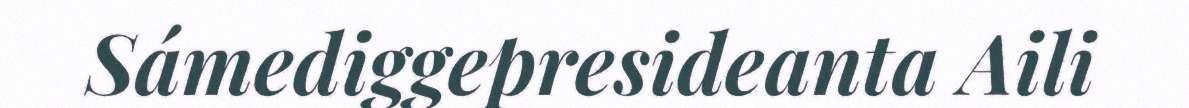
Sámediggepresideanta Aili